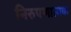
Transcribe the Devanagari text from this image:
निरुपणात्मक